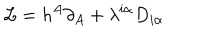
{ \cal L } = h ^ { A } \partial _ { A } + \lambda ^ { i \alpha } D _ { i \alpha }